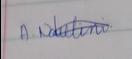
Signature authenticity: genuine